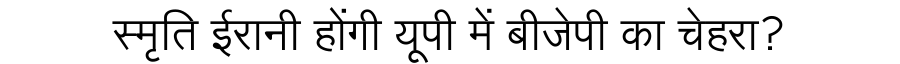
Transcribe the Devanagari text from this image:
स्मृति ईरानी होंगी यूपी में बीजेपी का चेहरा?